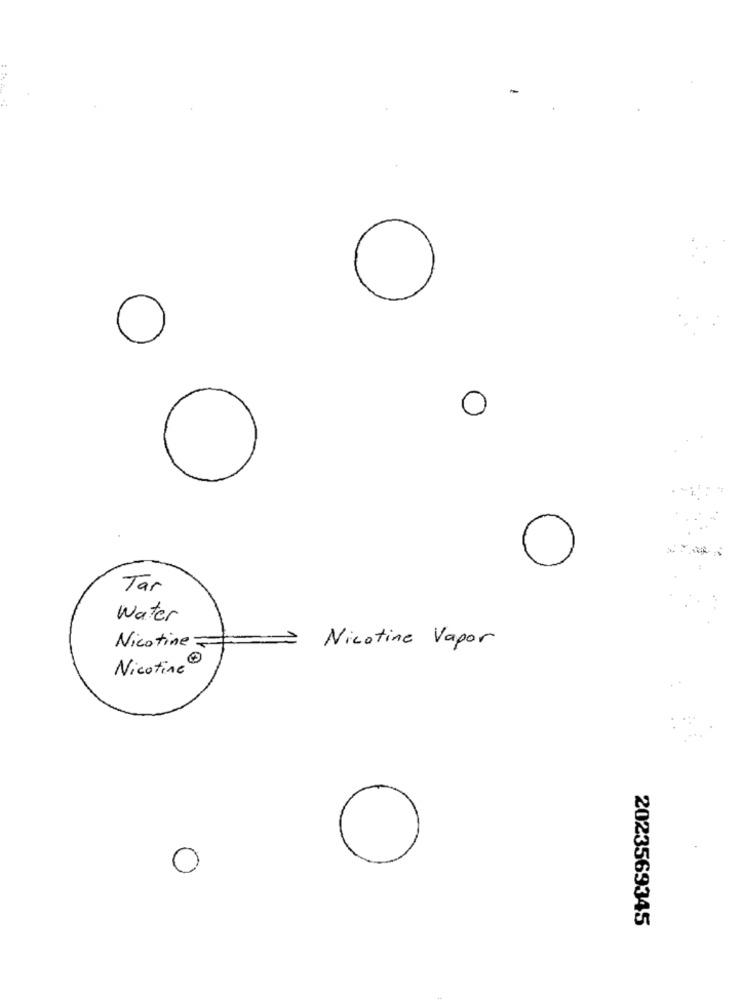
-
0
O
0
0 0
0
Tar
Water
Nicotine Vapor
Nicotine =
Nicotine
0
2023569345